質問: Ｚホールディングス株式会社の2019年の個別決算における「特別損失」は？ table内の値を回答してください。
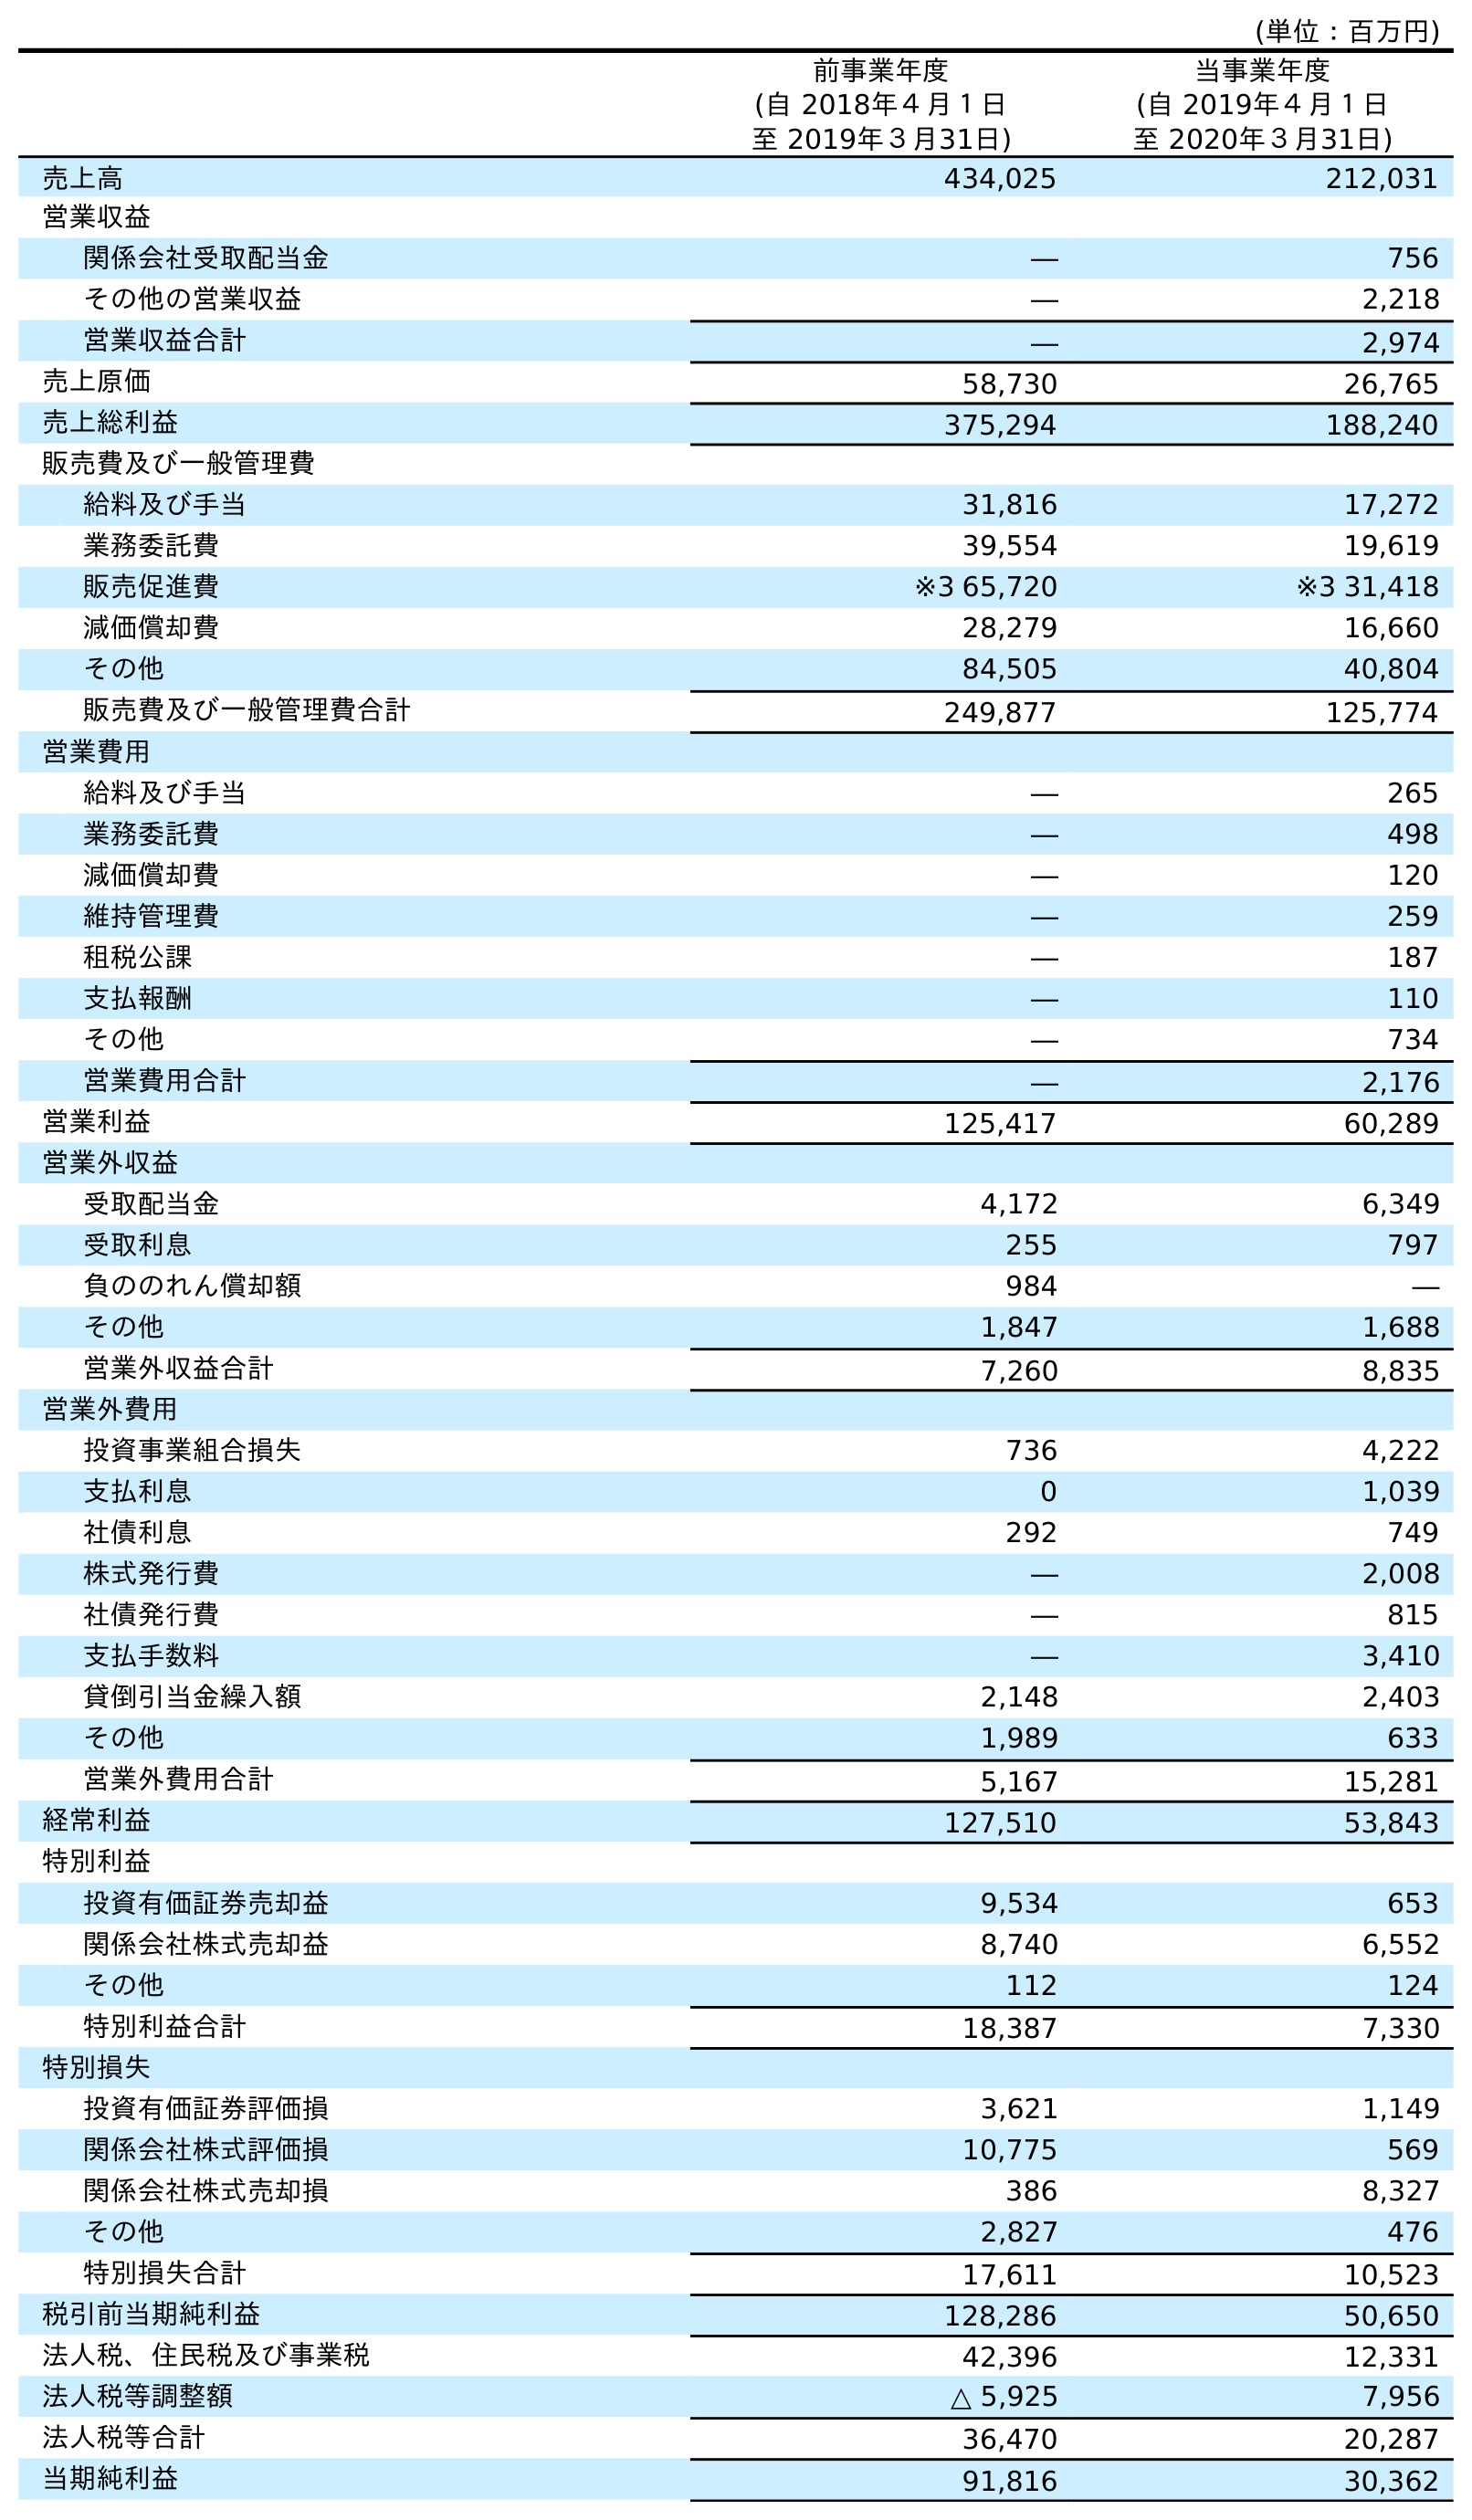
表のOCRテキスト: (単位：百万円) 前事業年度 (自 2018年４月１日 至 2019年３月31日) 当事業年度 (自 2019年４月１日 至 2020年３月31日) 売上高 434,025 212,031 営業収益 関係会社受取配当金 ― 756 その他の営業収益 ― 2,218 営業収益合計 ― 2,974 売上原価 58,730 26,765 売上総利益 375,294 188,240 販売費及び一般管理費 給料及び手当 31,816 17,272 業務委託費 39,554 19,619 販売促進費 ※3 65,720 ※3 31,418 減価償却費 28,279 16,660 その他 84,505 40,804 販売費及び一般管理費合計 249,877 125,774 営業費用 給料及び手当 ― 265 業務委託費 ― 498 減価償却費 ― 120 維持管理費 ― 259 租税公課 ― 187 支払報酬 ― 110 その他 ― 734 営業費用合計 ― 2,176 営業利益 125,417 60,289 営業外収益 受取配当金 4,172 6,349 受取利息 255 797 負ののれん償却額 984 ― その他 1,847 1,688 営業外収益合計 7,260 8,835 営業外費用 投資事業組合損失 736 4,222 支払利息 0 1,039 社債利息 292 749 株式発行費 ― 2,008 社債発行費 ― 815 支払手数料 ― 3,410 貸倒引当金繰入額 2,148 2,403 その他 1,989 633 営業外費用合計 5,167 15,281 経常利益 127,510 53,843 特別利益 投資有価証券売却益 9,534 653 関係会社株式売却益 8,740 6,552 その他 112 124 特別利益合計 18,387 7,330 特別損失 投資有価証券評価損 3,621 1,149 関係会社株式評価損 10,775 569 関係会社株式売却損 386 8,327 その他 2,827 476 特別損失合計 17,611 10,523 税引前当期純利益 128,286 50,650 法人税、住民税及び事業税 42,396 12,331 法人税等調整額 △ 5,925 7,956 法人税等合計 36,470 20,287 当期純利益 91,816 30,362
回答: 17,611